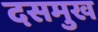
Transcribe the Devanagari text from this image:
दसमुख